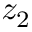
z _ { 2 }